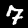
Digit: 7